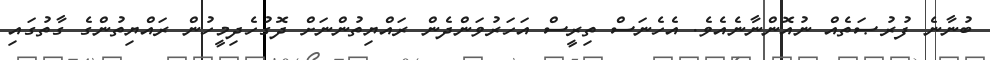
ބުނާނެ ފުރުޞަތެއް ނުއޮންނާނެއެވެ. އެހެނަސް ތިރީސް އަހަރުވަންދެން ރައްޔިތުންނަށް ދޮގުހެދިމީހުން ރައްޔިތުންގެ ގާތުގައި